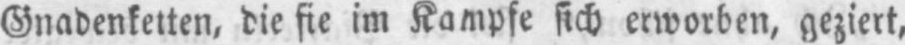
Gnadenketten, die sie im Kampfe sich erworben, geziert,